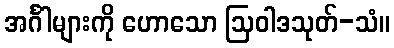
အင်္ဂါများကို ဟောသော ဩဝါဒသုတ်-သံ။